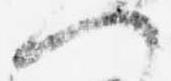
へ